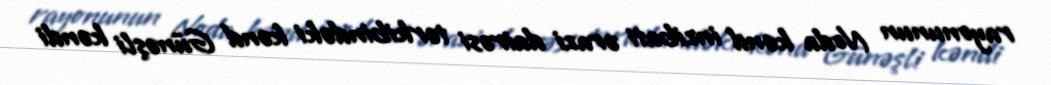
rayonunun Noda kənd inzibati ərazi dairəsi tərkibindəki kənd Günəşli kəndi